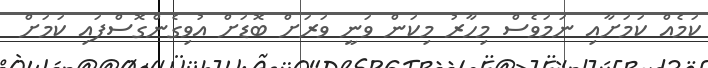
ކަމެއް ކަމަށާއި ނަމަވެސް މިހާރު މިކަން ވަނީ ވަރަށް ބޮޑަށް އުވިގެންގޮސްފައި ކަމަށް